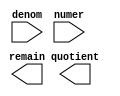
// megafunction wizard: %LPM_DIVIDE%VBB%
// GENERATION: STANDARD
// VERSION: WM1.0
// MODULE: LPM_DIVIDE 

// ============================================================
// Megafunction Name(s):
// 			LPM_DIVIDE
//
// Simulation Library Files(s):
// 			lpm
// ============================================================
// ************************************************************
// THIS IS A WIZARD-GENERATED FILE. DO NOT EDIT THIS FILE!
//
// 16.0.0 Build 211 04/27/2016 SJ Standard Edition
// ************************************************************

//Copyright (C) 1991-2016 Altera Corporation. All rights reserved.
//Your use of Altera Corporation's design tools, logic functions 
//and other software and tools, and its AMPP partner logic 
//functions, and any output files from any of the foregoing 
//(including device programming or simulation files), and any 
//associated documentation or information are expressly subject 
//to the terms and conditions of the Altera Program License 
//Subscription Agreement, the Altera Quartus Prime License Agreement,
//the Altera MegaCore Function License Agreement, or other 
//applicable license agreement, including, without limitation, 
//that your use is for the sole purpose of programming logic 
//devices manufactured by Altera and sold by Altera or its 
//authorized distributors.  Please refer to the applicable 
//agreement for further details.

module division (
	denom,
	numer,
	quotient,
	remain);

	input	[8:0]  denom;
	input	[16:0]  numer;
	output	[16:0]  quotient;
	output	[8:0]  remain;

endmodule

// ============================================================
// CNX file retrieval info
// ============================================================
// Retrieval info: PRIVATE: INTENDED_DEVICE_FAMILY STRING "Cyclone V"
// Retrieval info: PRIVATE: PRIVATE_LPM_REMAINDERPOSITIVE STRING "TRUE"
// Retrieval info: PRIVATE: PRIVATE_MAXIMIZE_SPEED NUMERIC "-1"
// Retrieval info: PRIVATE: SYNTH_WRAPPER_GEN_POSTFIX STRING "0"
// Retrieval info: PRIVATE: USING_PIPELINE NUMERIC "0"
// Retrieval info: PRIVATE: VERSION_NUMBER NUMERIC "2"
// Retrieval info: PRIVATE: new_diagram STRING "1"
// Retrieval info: LIBRARY: lpm lpm.lpm_components.all
// Retrieval info: CONSTANT: LPM_DREPRESENTATION STRING "UNSIGNED"
// Retrieval info: CONSTANT: LPM_HINT STRING "LPM_REMAINDERPOSITIVE=TRUE"
// Retrieval info: CONSTANT: LPM_NREPRESENTATION STRING "UNSIGNED"
// Retrieval info: CONSTANT: LPM_TYPE STRING "LPM_DIVIDE"
// Retrieval info: CONSTANT: LPM_WIDTHD NUMERIC "9"
// Retrieval info: CONSTANT: LPM_WIDTHN NUMERIC "17"
// Retrieval info: USED_PORT: denom 0 0 9 0 INPUT NODEFVAL "denom[8..0]"
// Retrieval info: USED_PORT: numer 0 0 17 0 INPUT NODEFVAL "numer[16..0]"
// Retrieval info: USED_PORT: quotient 0 0 17 0 OUTPUT NODEFVAL "quotient[16..0]"
// Retrieval info: USED_PORT: remain 0 0 9 0 OUTPUT NODEFVAL "remain[8..0]"
// Retrieval info: CONNECT: @denom 0 0 9 0 denom 0 0 9 0
// Retrieval info: CONNECT: @numer 0 0 17 0 numer 0 0 17 0
// Retrieval info: CONNECT: quotient 0 0 17 0 @quotient 0 0 17 0
// Retrieval info: CONNECT: remain 0 0 9 0 @remain 0 0 9 0
// Retrieval info: GEN_FILE: TYPE_NORMAL division.v TRUE
// Retrieval info: GEN_FILE: TYPE_NORMAL division.inc FALSE
// Retrieval info: GEN_FILE: TYPE_NORMAL division.cmp FALSE
// Retrieval info: GEN_FILE: TYPE_NORMAL division.bsf FALSE
// Retrieval info: GEN_FILE: TYPE_NORMAL division_inst.v FALSE
// Retrieval info: GEN_FILE: TYPE_NORMAL division_bb.v TRUE
// Retrieval info: LIB_FILE: lpm